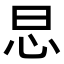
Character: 𢗭